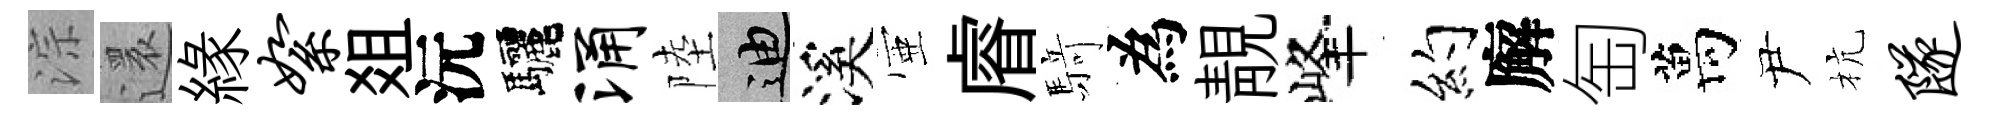
淙還緣絮爼沅驅涌陸迪溪壺𥈠𮪍為靚峰約廨匋萬尹杭隧